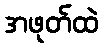
အဖုတ်ထဲ